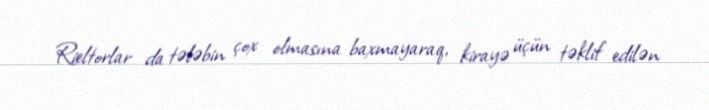
Rieltorlar da tələbin çox olmasına baxmayaraq, kirayə üçün təklif edilən